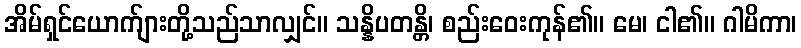
အိမ်ရှင်ယောက်ျားတို့သည်သာလျှင်။ သန္နိပတန္တိ၊ စည်းဝေးကုန်၏။ မေ၊ ငါ၏။ ဂါမိကာ၊